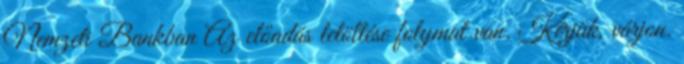
Nemzeti Bankban Az előadás letöltése folymat van. Kérjük, várjon.